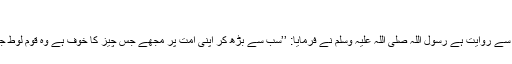
1456)
جابر رضی اللہ عنہ سے روایت ہے رسول اللہ صلی اللہ علیہ وسلم نے فرمایا: ’’سب سے بڑھ کر اپنی امت پر مجھے جس چیز کا خوف ہے وہ قومِ لوط جیسا عمل کرنا ہے‘‘۔